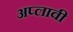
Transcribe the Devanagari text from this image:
अप्लावी